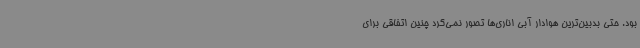
بود. حتی بدبین‌ترین هوادار آبی اناری‌ها تصور نمی‌کرد چنین اتفاقی برای